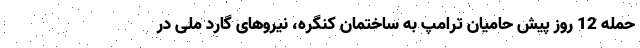
حمله 12 روز پیش حامیان ترامپ به ساختمان کنگره، نیروهای گارد ملی در